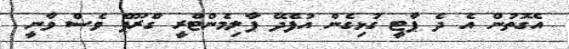
އެގޮތުން އެ ދެ ޕާޓީ ގުޅިގެން އުފެދޭ ޕާލިމެންޓްރީ ގްރޫޕް ވެސް ވާނީ